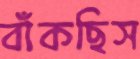
বাঁকছিস